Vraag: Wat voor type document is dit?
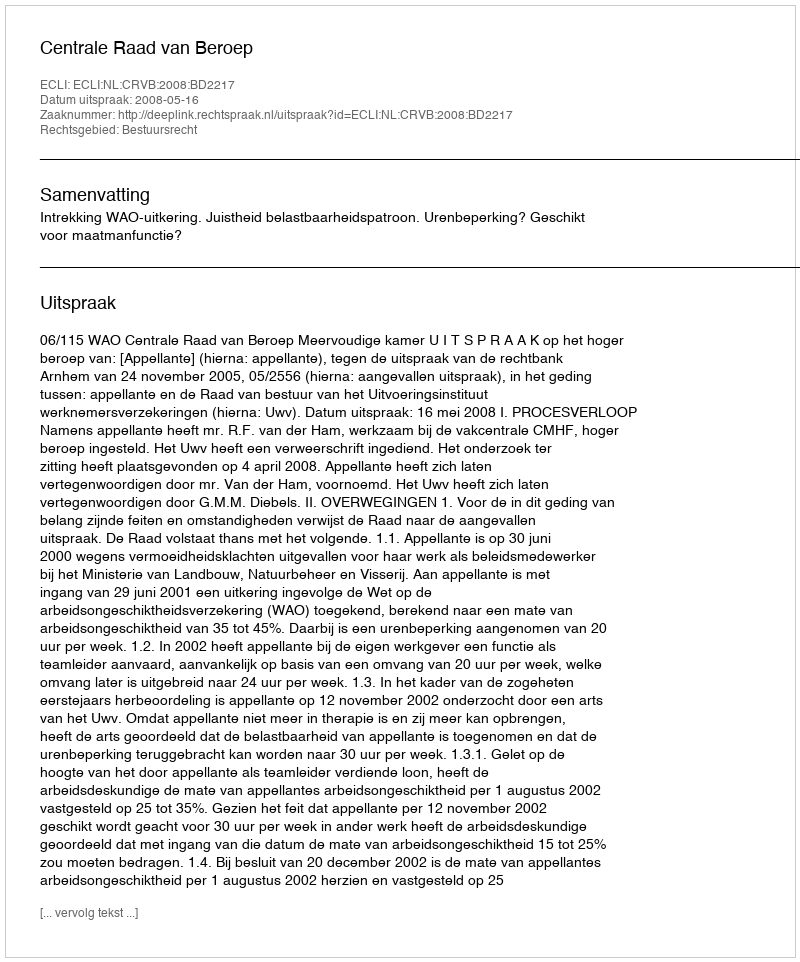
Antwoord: Uitspraak